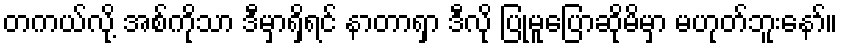
တကယ်လို့ အစ်ကိုသာ ဒီမှာရှိရင် နာတာရှာ ဒီလို ပြုမူပြောဆိုမိမှာ မဟုတ်ဘူးနော်။